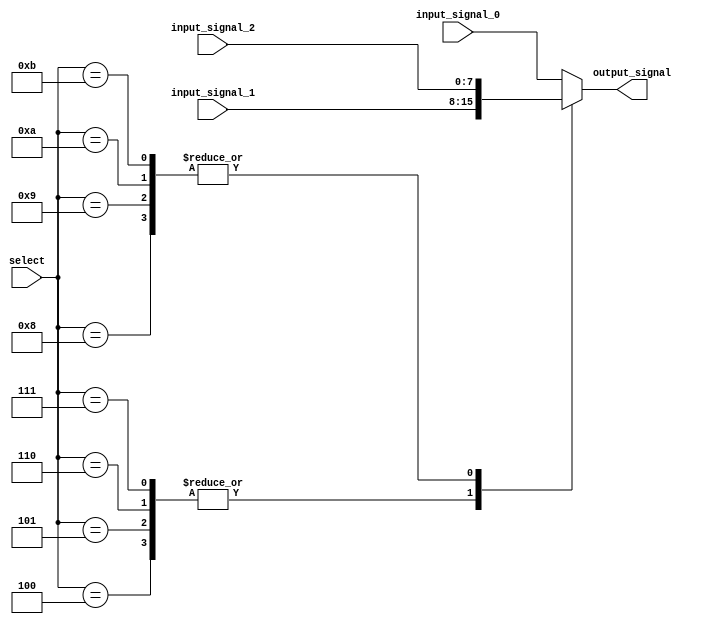
module Multiplexer_Delay (
    input wire [3:0] select,
    input wire [7:0] input_signal_0,
    input wire [7:0] input_signal_1,
    input wire [7:0] input_signal_2,
    output reg [7:0] output_signal
);

always @ (select) begin
    case (select)
        4'b0000: output_signal <= input_signal_0;
        4'b0001: output_signal <= #1 input_signal_0;
        4'b0010: output_signal <= #2 input_signal_0;
        4'b0011: output_signal <= #3 input_signal_0;
        4'b0100: output_signal <= input_signal_1;
        4'b0101: output_signal <= #1 input_signal_1;
        4'b0110: output_signal <= #2 input_signal_1;
        4'b0111: output_signal <= #3 input_signal_1;
        4'b1000: output_signal <= input_signal_2;
        4'b1001: output_signal <= #1 input_signal_2;
        4'b1010: output_signal <= #2 input_signal_2;
        4'b1011: output_signal <= #3 input_signal_2;
        default: output_signal <= #0 input_signal_0; //default behavior
    endcase
end

endmodule